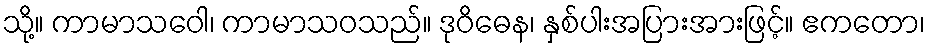
သို့။ ကာမာသဝေါ၊ ကာမာသဝသည်။ ဒုဝိဓေန၊ နှစ်ပါးအပြားအားဖြင့်။ ဧကတော၊